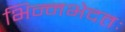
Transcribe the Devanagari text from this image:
भिन्नभेदतः